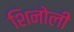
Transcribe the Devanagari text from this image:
शिनोली